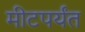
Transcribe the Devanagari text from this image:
मीटपर्यंत